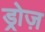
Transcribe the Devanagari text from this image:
ड्रोज़